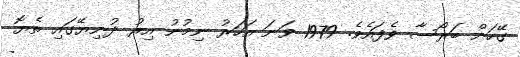
ގޭހަށް ބަރޯސާ ވެފައެވެ. 1979 ވަނަ އަހަރު ނިމުނު އިރު ދުނިޔޭގައި ތެޔޮ